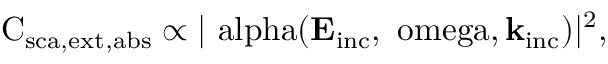
\mathrm { C _ { \mathrm { { s c a } , \mathrm { { e x t } , \mathrm { { a b s } } } } } \propto | \ a l p h a ( \mathbf { E } _ { \mathrm { { i n c } } } , \ o m e g a , \mathbf { k } _ { \mathrm { { i n c } } } ) | ^ { 2 } , }